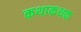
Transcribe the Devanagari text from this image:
कथाकथक